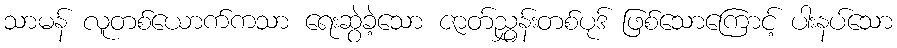
သာမန် လူတစ်ယောက်ကသာ ရေးဆွဲခဲ့သော ဇာတ်ညွှန်းတစ်ပုဒ် ဖြစ်သောကြောင့် ပါးနပ်သော